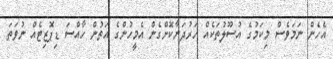
އެހެން ނަމަވެސް މިކަމުގެ އުސޫލުތަކެއް ހަރުދަނާކޮށްގެން އެމީހުންގެ އަތުން ހާއްސަ ޑިޕޮޒިޓެއް ނުވަތަ